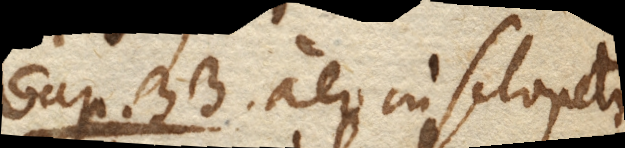
Cap. 33. Aer in sclopeto